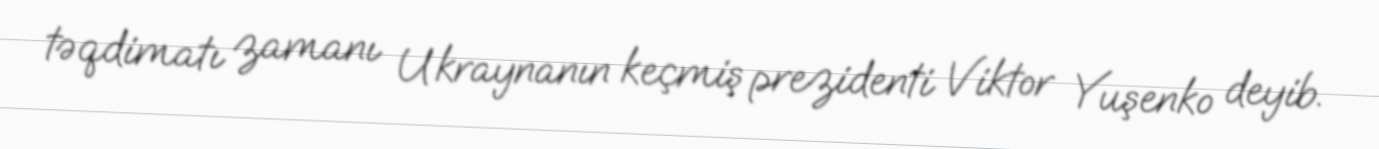
təqdimatı zamanı Ukraynanın keçmiş prezidenti Viktor Yuşenko deyib.